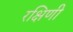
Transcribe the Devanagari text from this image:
रक्षिणी